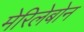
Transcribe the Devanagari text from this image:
मेरिलेबोन